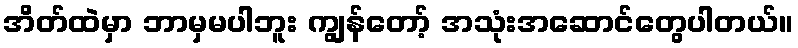
အိတ်ထဲမှာ ဘာမှမပါဘူး ကျွန်တော့် အသုံးအဆောင်တွေပါတယ်။